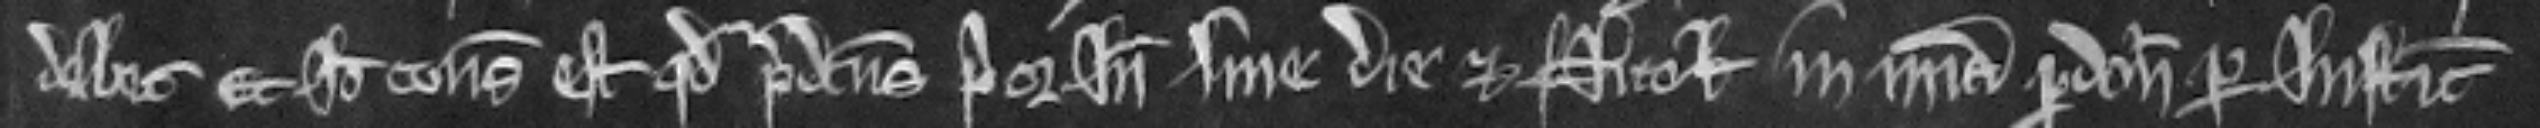
debet. Et Ideo consideratum est quod predictus Prior Inde sine die et Nicholaus in misericordia pardonatur per Iusticiarios